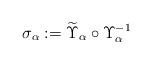
LaTeX: \begin{align*}\sigma_{\alpha}:=\widetilde{\Upsilon}_{\alpha}\circ \Upsilon^{-1}_{\alpha}\end{align*}